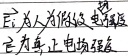
$\vec{E}_i$为非静电场强度，$\vec{E}$为真正电场强度。